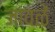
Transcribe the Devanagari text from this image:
जावळें